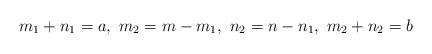
LaTeX: \begin{align*}m_1+n_1=a,\ m_2=m-m_1,\ n_2=n-n_1,\ m_2+n_2=b\end{align*}